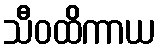
သီဝထိကာယ